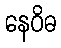
နေဝိဓ